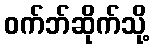
ဝက်ဘ်ဆိုက်သို့